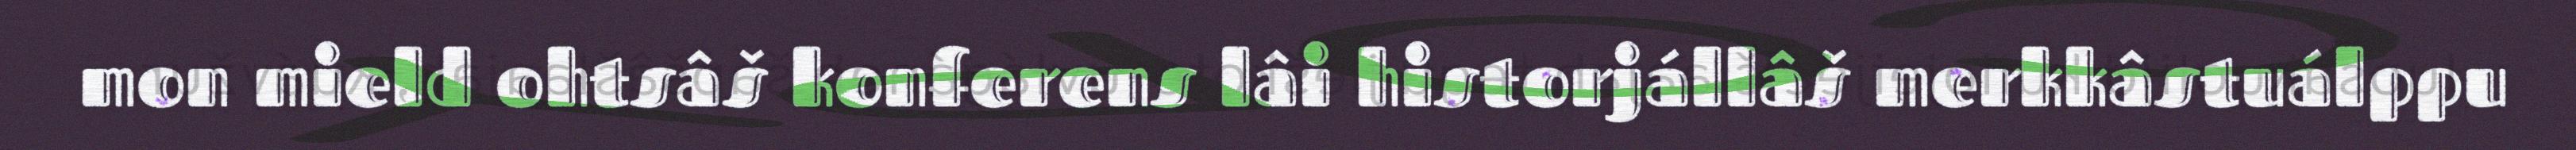
mon mield ohtsâš konferens lâi historjállâš merkkâstuálppu